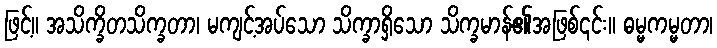
ဖြင့်။ အသိက္ခိတသိက္ခတာ၊ မကျင့်အပ်သော သိက္ခာရှိသော သိက္ခမာန်၏အဖြစ်၎င်း။ ဓမ္မကမ္မတာ၊